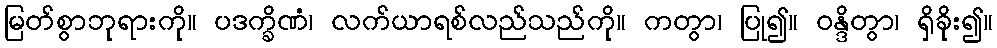
မြတ်စွာဘုရားကို။ ပဒက္ခိဏံ၊ လက်ယာရစ်လည်သည်ကို။ ကတွာ၊ ပြု၍။ ဝန္ဒိတွာ၊ ရှိခိုး၍။